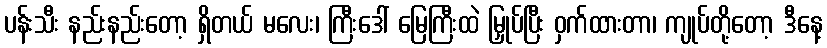
ပန်းသီး နည်းနည်းတော့ ရှိတယ် မလေး၊ ကြီးဒေါ် မြေကြီးထဲ မြှုပ်ပြီး ဝှက်ထားတာ၊ ကျုပ်တို့တော့ ဒီနေ့